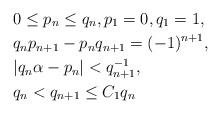
LaTeX: \begin{align*} &0\le p_n\le q_n, p_1=0, q_1=1,\\ &q_np_{n+1}-p_nq_{n+1}=(-1)^{n+1},\\ &|q_n\alpha-p_n|<q_{n+1}^{-1},\\ &q_n<q_{n+1}\le C_1q_n\end{align*}